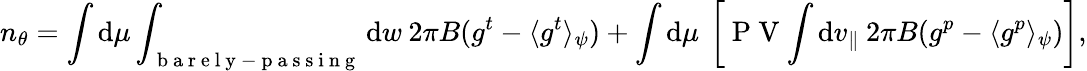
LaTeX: n_{\theta}=\int\mathrm{d}\mu\int_{\mathrm{~b~a~r~e~l~y~-~p~a~s~s~i~n~g~}}\mathrm{d}w\: 2\pi B(g^{t}-\langle g^{t}\rangle_{\psi})+\int\mathrm{d}\mu\: \left[\mathrm{~P~V~}\! \int\mathrm{d}v_{\parallel}\: 2\pi B(g^{p}-\langle g^{p}\rangle_{\psi})\right],